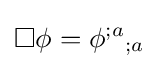
\Box \phi =\phi ^{;a}{}_{;a}